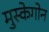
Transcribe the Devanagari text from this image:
मुस्केगोन